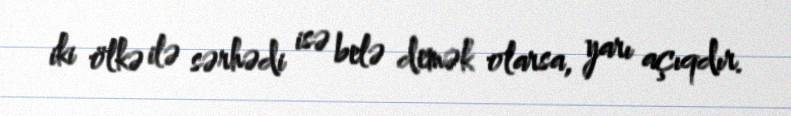
iki ölkə ilə sərhədi isə belə demək olarsa, yarı açıqdır.